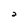
Character: 2